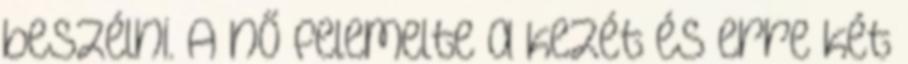
beszélni. A nő felemelte a kezét és erre két